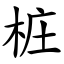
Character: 桩